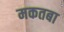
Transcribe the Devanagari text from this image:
मकतबा